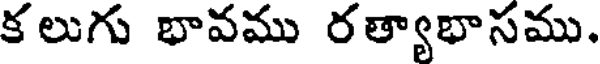
క లుగు భావము రత్యాభాసము.